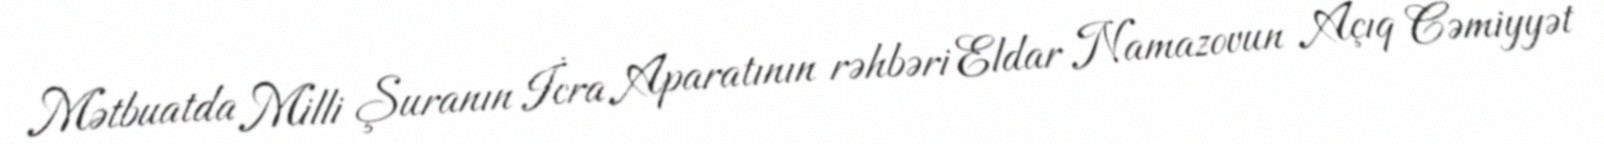
Mətbuatda Milli Şuranın İcra Aparatının rəhbəri Eldar Namazovun Açıq Cəmiyyət